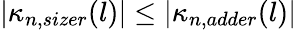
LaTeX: |\kappa_{n,sizer}(l)|\leq|\kappa_{n,adder}(l)|